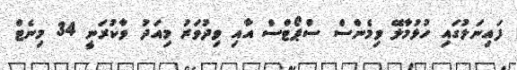
ފައިނަލުގައި ހުޅުމާލޭ ވިމެންސް ސްޕޯޓްސް އާއި ވިދުވަރު މިއަދު ވާކުރަނީ 34 މިނެޓް